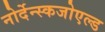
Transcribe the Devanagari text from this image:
नोर्देन्स्कजोएल्ड